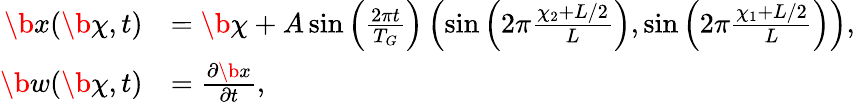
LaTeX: \begin{array}{rl}{\b x(\b\chi,t)}&{=\b\chi+A\sin\left(\frac{2\pi t}{T_{G}}\right)\left(\sin\left(2\pi\frac{\chi_{2}+L/2}{L}\right),\sin\left(2\pi\frac{\chi_{1}+L/2}{L}\right)\right),}\\ {\b w(\b\chi,t)}&{=\frac{\partial\b x}{\partial t},}\end{array}